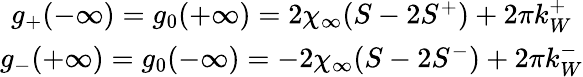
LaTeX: \begin{array}{c}{{g_{+}(-\infty)=g_{0}(+\infty)=2\chi_{\infty}(S-2S^{+})+2\pi k_{W}^{+}}}\\ {{g_{-}(+\infty)=g_{0}(-\infty)=-2\chi_{\infty}(S-2S^{-})+2\pi k_{W}^{-}}}\end{array}